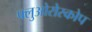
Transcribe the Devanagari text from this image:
फ्लुओरोस्कोप